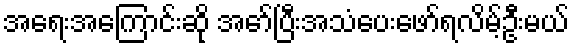
အရေးအကြောင်းဆို အော်ပြီးအသံပေးဖော်ရလိမ့်ဦးမယ်